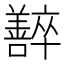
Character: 𡄰